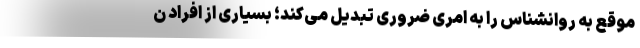
موقع به روانشناس را به امری ضروری تبدیل می‌کند؛ بسیاری از افراد ن